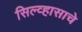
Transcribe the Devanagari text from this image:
सिल्व्हासाचे